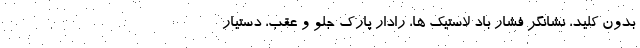
بدون کلید، نشانگر فشار باد لاستیک ها، رادار پارک جلو و عقب، دستیار